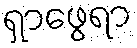
ရှာဖွေရာ